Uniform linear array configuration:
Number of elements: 16
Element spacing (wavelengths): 0.5
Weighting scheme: blackman
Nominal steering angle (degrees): -15
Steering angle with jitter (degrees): -15.206
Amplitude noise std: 0.05
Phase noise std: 0.05

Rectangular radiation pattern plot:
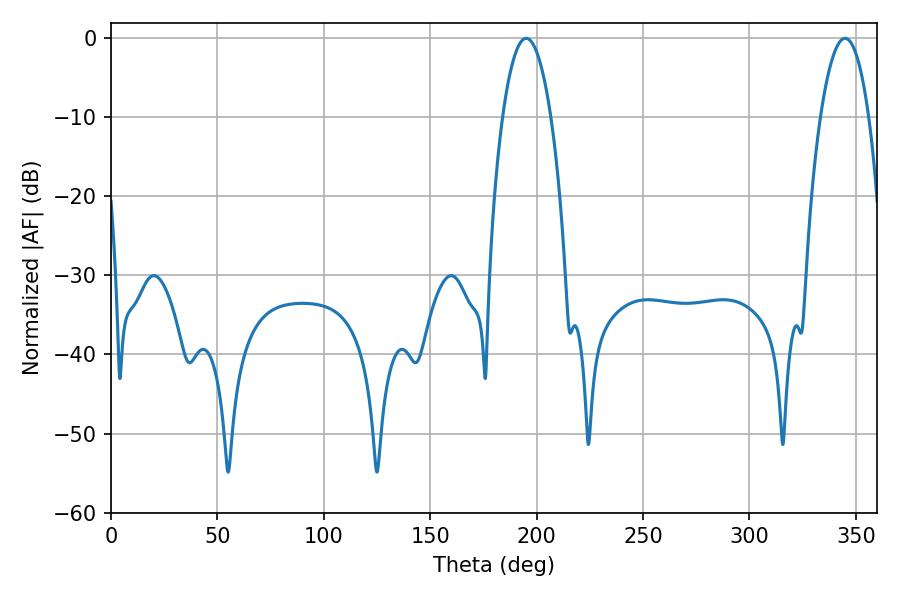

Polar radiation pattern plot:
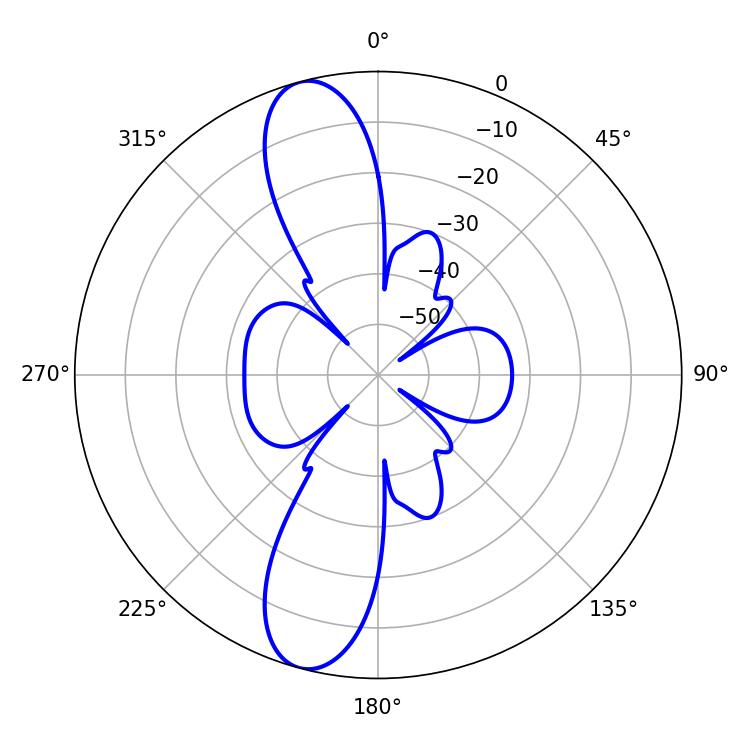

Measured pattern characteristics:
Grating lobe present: FALSE
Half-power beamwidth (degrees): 12.6
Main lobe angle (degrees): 195.12